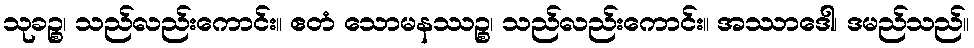
သုခဉ္စ၊ သည်လည်းကောင်း။ ဧတံ သောမနဿဉ္စ၊ သည်လည်းကောင်း။ အဿာဒေါ၊ ဒမည်သည်။